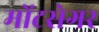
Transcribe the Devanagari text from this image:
मोंटसेगर